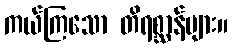
ကယ်ကြသော တိရစ္ဆာန်များ။